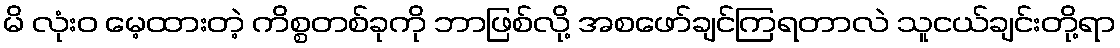
မိ လုံးဝ မေ့ထားတဲ့ ကိစ္စတစ်ခုကို ဘာဖြစ်လို့ အစဖော်ချင်ကြရတာလဲ သူငယ်ချင်းတို့ရာ